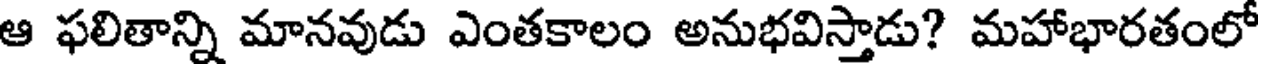
ఆ ఫలితాన్ని మానవుడు ఎంతకాలం అనుభవిస్తాడు? మహాభారతంలో